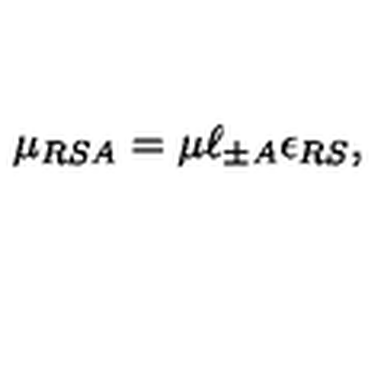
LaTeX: \mu _ { R S A } = \mu \ell _ { \pm A } \epsilon _ { R S } ,